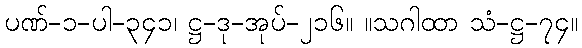
ပဏ်-၁-ပါ-၃၄၁၊ ဋ္ဌ-ဒု-အုပ်-၂၁၆။ ။သဂါထာ သံ-ဋ္ဌ-၇၄။